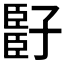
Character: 𬛧